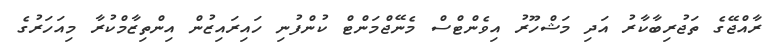
ރާއްޖޭގެ ތަޖުރިބާކާރު އަދި މަޝްހޫރު އިވެންޓްސް މެނޭޖްމަންޓް ކުންފުނި ހައިރައިޒުން އިންތިޒާމްކުރާ މިއަހަރުގެ